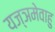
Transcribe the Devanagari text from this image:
यज्ञमेवाहु